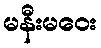
မနီးမဝေး